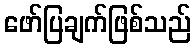
ဖော်ပြချက်ဖြစ်သည်